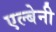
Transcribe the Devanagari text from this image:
एल्बेनी